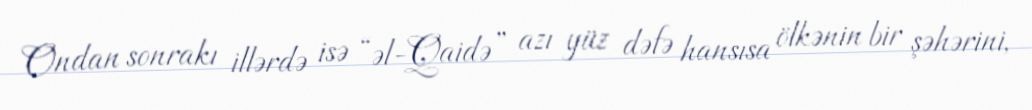
Ondan sonrakı illərdə isə “əl-Qaidə” azı yüz dəfə hansısa ölkənin bir şəhərini,